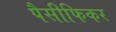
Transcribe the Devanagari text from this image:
पैसीफिकर